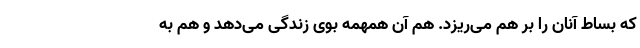
که بساط آنان را بر هم می‌ریزد. هم آن همهمه بوی زندگی می‌دهد و هم به